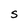
Character: S